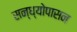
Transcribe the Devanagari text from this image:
सन्ध्याेपासन